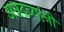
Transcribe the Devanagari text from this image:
अन्नद्रव्यांनी